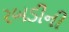
રબડીની